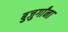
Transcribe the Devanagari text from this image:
बुजुर्गांना